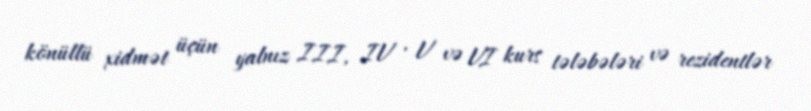
könüllü xidmət üçün yalnız III, IV , V və VI kurs tələbələri və rezidentlər